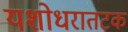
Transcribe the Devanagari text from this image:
यशोधरातटक